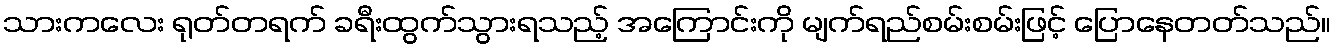
သားကလေး ရုတ်တရက် ခရီးထွက်သွားရသည့် အကြောင်းကို မျက်ရည်စမ်းစမ်းဖြင့် ပြောနေတတ်သည်။